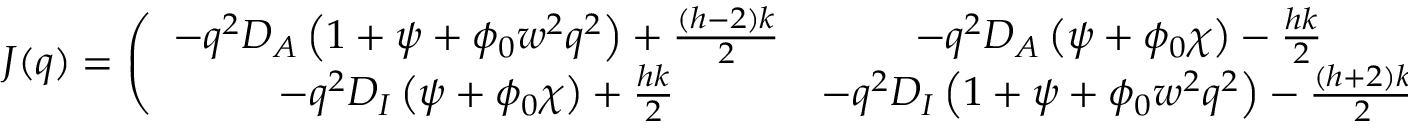
{ \boldsymbol J } ( \boldsymbol q ) = \left( \begin{array} { c c } { - \boldsymbol q ^ { 2 } D _ { A } \left( 1 + \psi + \phi _ { 0 } w ^ { 2 } \boldsymbol q ^ { 2 } \right) + \frac { ( h - 2 ) k } { 2 } } & { - \boldsymbol q ^ { 2 } D _ { A } \left( \psi + \phi _ { 0 } \chi \right) - \frac { h k } { 2 } } \\ { - \boldsymbol q ^ { 2 } D _ { I } \left( \psi + \phi _ { 0 } \chi \right) + \frac { h k } { 2 } } & { - \boldsymbol q ^ { 2 } D _ { I } \left( 1 + \psi + \phi _ { 0 } w ^ { 2 } \boldsymbol q ^ { 2 } \right) - \frac { ( h + 2 ) k } { 2 } } \end{array} \right) \; ,